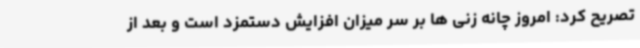
تصریح کرد: امروز چانه زنی ها بر سر میزان افزایش دستمزد است و بعد از